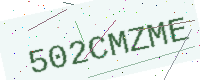
Text: 502CMZME